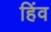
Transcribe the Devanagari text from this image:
हिंव